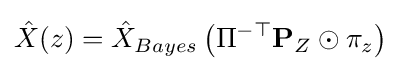
{\hat {X}}(z)={\hat {X}}_{Bayes}\left(\Pi ^{-\top }\mathbf {P} _{Z}\odot \pi _{z}\right)